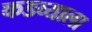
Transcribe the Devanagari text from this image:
कडव्याला